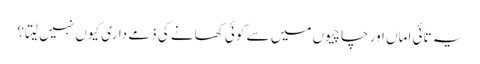
یہ تائی اماں اور چاچیوں میں سے کوئی کھانے کی ذمے داری کیوں نہیں لیتا؟